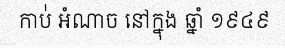
កាប់់ អំណាច នៅក្នុង ឆ្នាំ ១៩៤៩